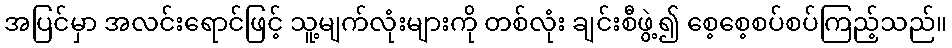
အပြင်မှာ အလင်းရောင်ဖြင့် သူ့မျက်လုံးများကို တစ်လုံး ချင်းစီဖွဲ့၍ စေ့စေ့စပ်စပ်ကြည့်သည်။